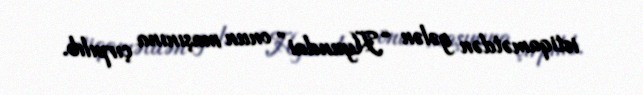
istiqamətdən gələn “Hyundai” onun maşınına çırpılıb.